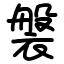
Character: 褩